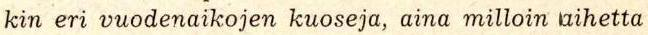
kin eri vuodenaikojen kuoseja, aina milloin aihetta